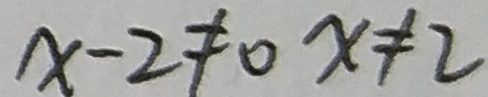
x - 2 \neq 0 x \neq 2